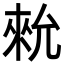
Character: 𪝗